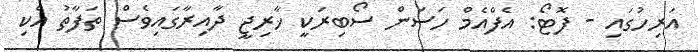
އަރިހުގައި - ފޮޓޯ: އެފްއެމް ހަސަން ސޯބިރަކީ ޚާރިޖީ ދާއިރާގައިވެސް ތަފާތު އެކި